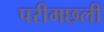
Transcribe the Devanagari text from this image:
परीमछली